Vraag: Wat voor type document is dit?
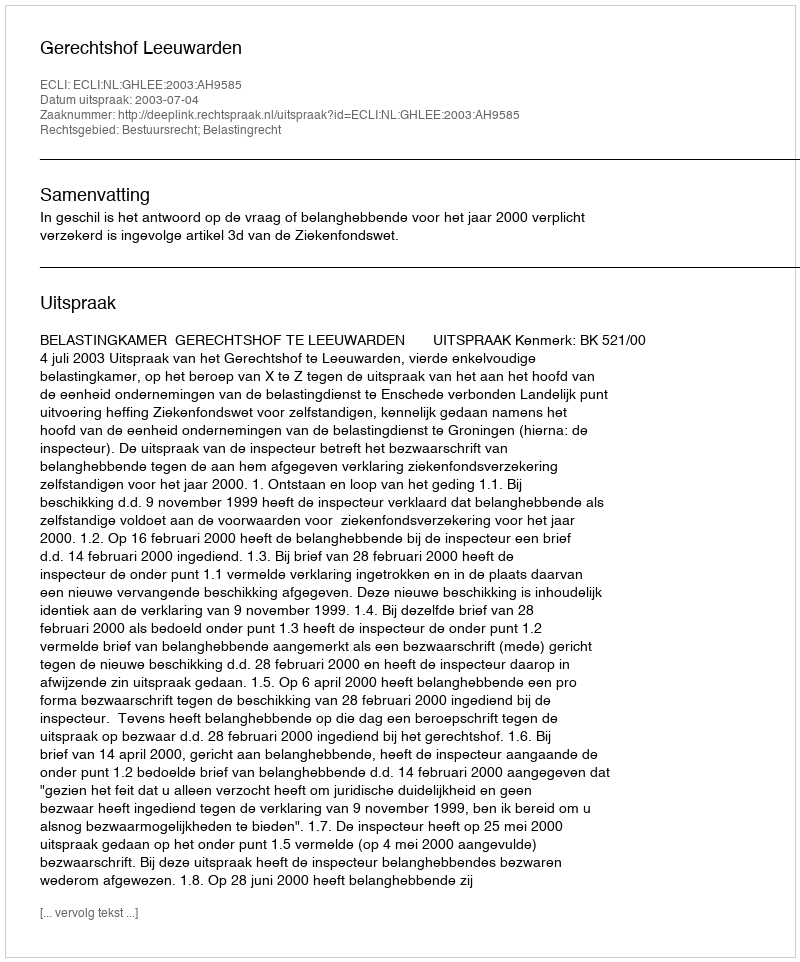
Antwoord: Uitspraak